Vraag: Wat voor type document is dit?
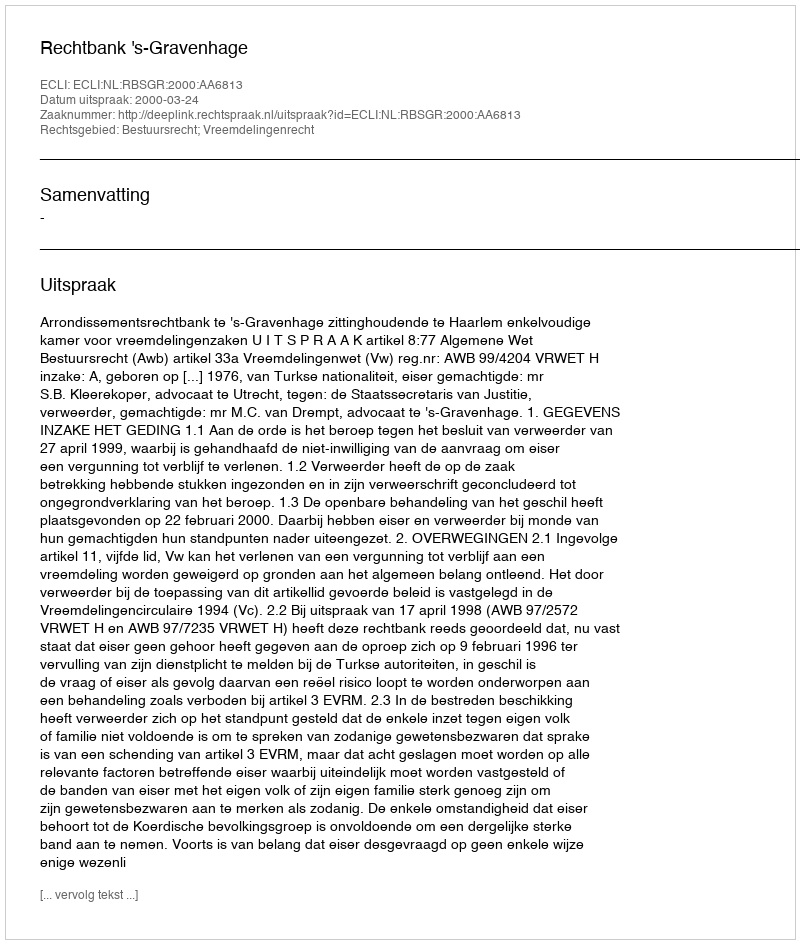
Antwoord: Uitspraak